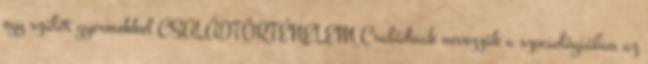
egy szülőt gyermekkel CSALÁDTÖRTÉNELEM Családnak nevezzük a szociológiában az